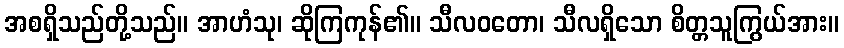
အစရှိသည်တို့သည်။ အာဟံသု၊ ဆိုကြကုန်၏။ သီလဝတော၊ သီလရှိသော စိတ္တသူကြွယ်အား။